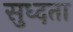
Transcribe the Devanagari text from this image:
सुध्दता